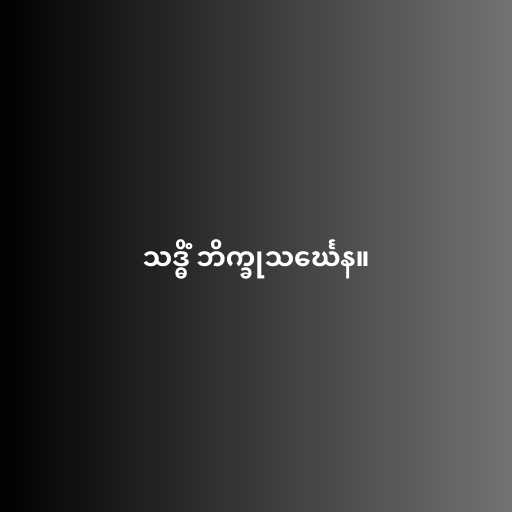
သဒ္ဓိံ ဘိက္ခုသင်္ဃေန။